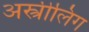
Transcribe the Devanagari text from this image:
अस्त्रीलिंग